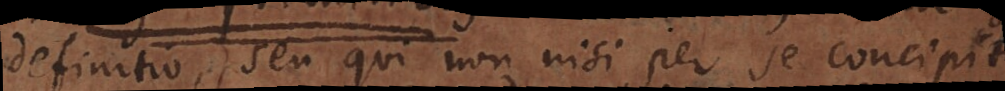
definitio, seu qui non nisi per se concipit